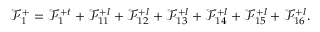
\mathcal { F } _ { 1 } ^ { + } = \mathcal { F } _ { 1 } ^ { + t } + \mathcal { F } _ { 1 1 } ^ { + l } + \mathcal { F } _ { 1 2 } ^ { + l } + \mathcal { F } _ { 1 3 } ^ { + l } + \mathcal { F } _ { 1 4 } ^ { + l } + \mathcal { F } _ { 1 5 } ^ { + l } + \mathcal { F } _ { 1 6 } ^ { + l } .